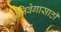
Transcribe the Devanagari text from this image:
अतिवेगासाठी